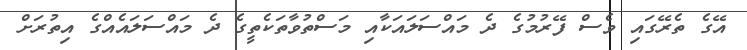
އޭގެ ތެރޭގައި ވެސް ފޭރުމުގެ ދެ މައްސަލައަކާއި މަސްތުވާތަކެތީގެ ދެ މައްސަލައެއްގެ އިތުރަށް